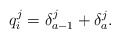
\begin{align*}q^j_i=\delta^j_{a-1}+\delta^j_{a}.\end{align*}